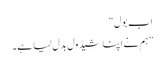
اب بول“
”ہم نے اپنا شیڈول بدل لیا ہے۔